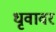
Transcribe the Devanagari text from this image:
धृवावर